Vaccination United Provinces of Agra and Oudh 1902-1913 - 1902-1913
Year: 1902
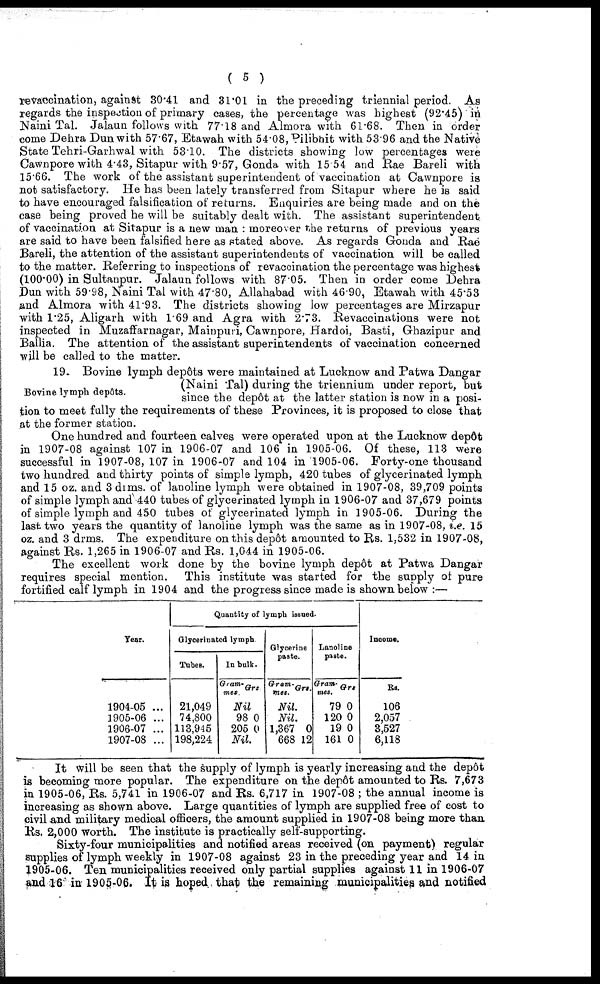
( 5 )
revaccination, against 30.41 and 31.01 in the preceding triennial period. As
regards the inspection of primary cases, the percentage was highest (92.45) in
Naini Tal. Jalaun follows with 77.18 and Almora with 61.68. Then in order
come Dehra Dun with 57.67, Etawah with 54.08, Pilibhit with 53.96 and the Native
State Tehri-Garhwal with 53.10. The districts showing low percentages were
Cawnpore with 4.43, Sitapur with 9.57, Gonda with 15.54 and Rae Bareli with
15.66. The work of the assistant superintendent of vaccination at Cawnpore is
not satisfactory. He has been lately transferred from Sitapur where he is said
to have encouraged falsification of returns. Enquiries are being made and on the
case being proved he will be suitably dealt with. The assistant superintendent
of vaccination at Sitapur is a new man : moreover the returns of previous years
are said to have been falsified here as stated above. As regards Gonda and Rae
Bareli, the attention of the assistant superintendents of vaccination will be called
to the matter. Referring to inspections of revaccination the percentage was highest
(100.00) in Sultanpur. Jalaun follows with 87.05. Then in order come Dehra
Dun with 59.98, Naini Tal with 47.80, Allahabad with 46.90, Etawah with 45.53
and Almora with 41.93. The districts showing low percentages are Mirzapur
with 1.25, Aligarh with 1.69 and Agra with 2.73. Revaccinations were not
inspected in Muzaffarnagar, Mainpuri, Cawnpore, Hardoi, Basti, Ghazipur and
Ballia. The attention of the assistant superintendents of vaccination concerned
will be called to the matter.
Bovine lymph depôts.
19. Bovine lymph depôts were maintained at Lucknow and Patwa Dangar
(Naini Tal) during the triennium under report, but
since the depôt at the latter station is now in a posi-
tion to meet fully the requirements of these Provinces, it is proposed to close that
at the former station.
One hundred and fourteen calves were operated upon at the Lucknow depôt
in 1907-08 against 107 in 1906-07 and 106 in 1905-06. Of these, 113 were
successful in 1907-08, 107 in 1906-07 and 104 in 1905-06. Forty-one thousand
two hundred and thirty points of simple lymph, 420 tubes of glycerinated lymph
and 15 oz. and 3 drms. of lanoline lymph were obtained in 1907-08, 39,709 points
of simple lymph and 440 tubes of glycerinated lymph in 1906-07 and 37,679 points
of simple lymph and 450 tubes of glycerinated lymph in 1905-06. During the
last two years the quantity of lanoline lymph was the same as in 1907-08, i.e. 15
oz. and 3 drms. The expenditure on this depôt amounted to Rs. 1,532 in 1907-08,
against Rs. 1,265 in 1906-07 and Rs. 1,044 in 1905-06.
The excellent work done by the bovine lymph depôt at Patwa Dangar
requires special mention. This institute was started for the supply of pure
fortified calf lymph in 1904 and the progress since made is shown below :—
Year.
1904-05 ...
1905-06 ...
1906-07 ...
1907-08 ...
Quantity of lymph issued.
Glycerinated lymph
Tubes.
21,049
74,800
113,945
198,224
In bulk.
Gram-
mes.
Grs.
Nil
98
205
0
0
Nil.
Glycerine
paste.
Gram-
mes.
Grs.
Nil.
Nil.
1,367
668
0
12
Lanoline
paste.
Gram-
mes.
79
120
19
161
Grs
0
0
0
0
Income.
Rs.
106
2,057
3,527
6,118
It will be seen that the supply of lymph is yearly increasing and the depôt
is becoming more popular. The expenditure on the depôt amounted to Rs. 7,673
in 1905-06, Rs. 5,741 in 1906-07 and Rs. 6,717 in 1907-08 ; the annual income is
increasing as shown above. Large quantities of lymph are supplied free of cost to
civil and military medical officers, the amount supplied in 1907-08 being more than
Rs. 2,000 worth. The institute is practically self-supporting.
Sixty-four municipalities and notified areas received (on payment) regular
supplies of lymph weekly in 1907-08 against 23 in the preceding year and 14 in
1905-06. Ten municipalities received only partial supplies against 11 in 1906-07
and 16 in 1905-06. It is hoped that the remaining municipalities and notified